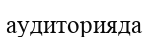
аудиторияда